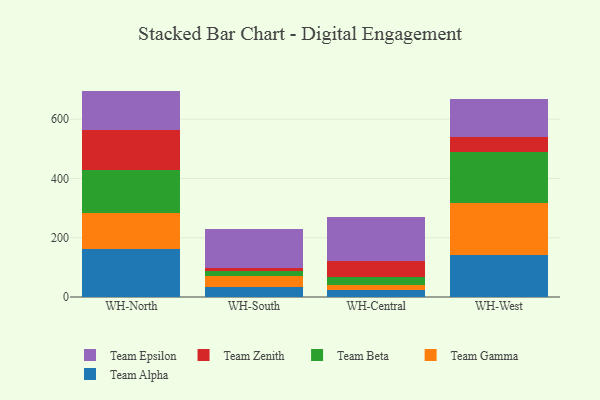
{"axis": {"x": "Warehouse", "y": "Demand Index"}, "legend": ["Team Alpha", "Team Beta", "Team Epsilon", "Team Gamma", "Team Zenith"], "data": [{"x": "WH-North", "y": 162.2, "type": "Team Alpha"}, {"x": "WH-North", "y": 122.3, "type": "Team Gamma"}, {"x": "WH-North", "y": 143.9, "type": "Team Beta"}, {"x": "WH-North", "y": 135.2, "type": "Team Zenith"}, {"x": "WH-North", "y": 132.1, "type": "Team Epsilon"}, {"x": "WH-South", "y": 33.2, "type": "Team Alpha"}, {"x": "WH-South", "y": 36.3, "type": "Team Gamma"}, {"x": "WH-South", "y": 17.0, "type": "Team Beta"}, {"x": "WH-South", "y": 11.6, "type": "Team Zenith"}, {"x": "WH-South", "y": 131.0, "type": "Team Epsilon"}, {"x": "WH-Central", "y": 24.7, "type": "Team Alpha"}, {"x": "WH-Central", "y": 14.6, "type": "Team Gamma"}, {"x": "WH-Central", "y": 28.3, "type": "Team Beta"}, {"x": "WH-Central", "y": 53.5, "type": "Team Zenith"}, {"x": "WH-Central", "y": 147.8, "type": "Team Epsilon"}, {"x": "WH-West", "y": 141.9, "type": "Team Alpha"}, {"x": "WH-West", "y": 176.5, "type": "Team Gamma"}, {"x": "WH-West", "y": 170.3, "type": "Team Beta"}, {"x": "WH-West", "y": 52.5, "type": "Team Zenith"}, {"x": "WH-West", "y": 128.1, "type": "Team Epsilon"}]}